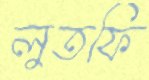
লুতফি